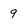
Character: 9